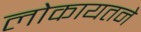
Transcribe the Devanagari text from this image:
लोकायतने